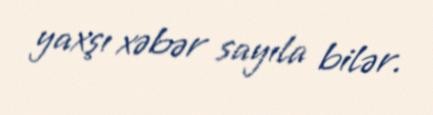
yaxşı xəbər sayıla bilər.